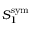
S _ { 1 } ^ { \mathrm { s y m } }